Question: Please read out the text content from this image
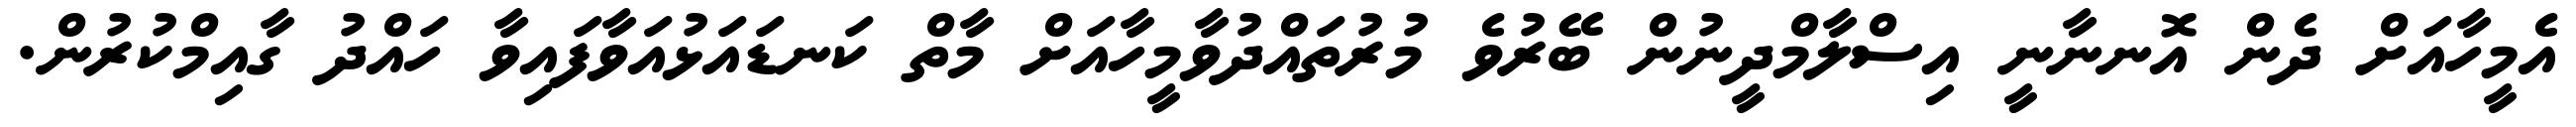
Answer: އެމީހާއަށް ދެން އޮނނާނީ އިސްލާމްދީނުން ބޭރުވެ މުރުތައްދުވާމީހާއަށް މާތް ކަނޑައަޅުއަވާފައިވާ ހައްދު ގާއިމްކުރުން.